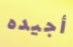
أجيده